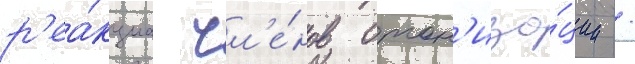
р'еа́кциа чл'е́нов орган'иза́ции /